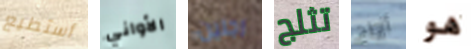
أستطيع الأواني رجلين تثلج أزواج هو